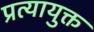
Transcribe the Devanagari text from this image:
प्रत्यायुक्त